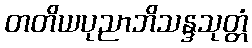
တတိယပုညာဘိသန္ဒသုတ္တံ